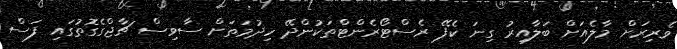
ވެރިރަށް މާލެއަށް ބަލާއިރު ގިނަ ކެފޭ ރެސްޓޯރެންޓްތަކުންދޭ ހިދުމަތަށް ސާވިސް ޗާޖްގެގޮތުގައި ފަސް